Government Evacuation Scheme: Educational provision, 1939
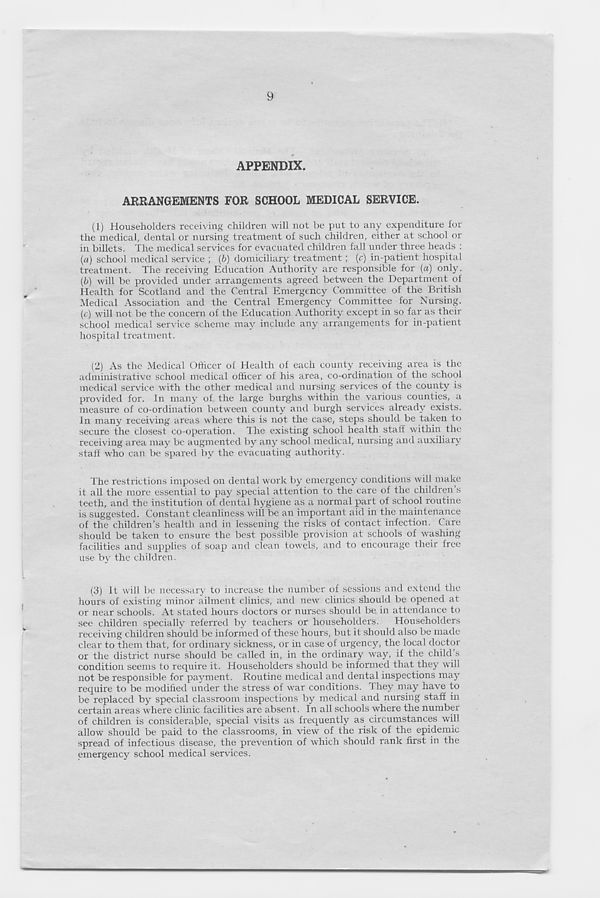
9
APPENDIX.
ARRANGEMENTS FOR SCHOOL MEDICAL SERVICE.
(1) Householders receiving children will not be put to any expenditure for
the medical, dental or nursing treatment of such children, either at school or
in billets. The medical services for evacuated children fall under three heads :
(a) school medical service ; (b) domiciliary treatment ; (c) in-patient hospital
treatment. The receiving Education Authority are responsible for (a) only.
(b) will be provided under arrangements agreed between the Department of
Health for Scotland and the Central Emergency Committee of the British
Medical Association and the Central Emergency Committee for Nursing.
(c) will not be the concern of the Education Authority except in so far as their
school medical service scheme may include any arrangements for in-patient
hospital treatment.
(2) As the Medical Officer of Health of each county receiving area is the
administrative school medical officer of his area, co-ordination of the school
medical service with the other medical and nursing services of the county is
provided for. In many of the large burghs within the various counties, a
measure of co-ordination between county and burgh services already exists.
In many receiving areas where this is not the case, steps should be taken to
secure the closest co-operation. The existing school health staff within the
receiving area may be augmented by any school medical, nursing and auxiliary
staff who can be spared by the evacuating authority.
The restrictions imposed on dental work by emergency conditions will make
it all the more essential to pay special attention to the care of the children s
teeth, and the institution of dental hygiene as a normal part of school routine
is suggested. Constant cleanliness will be an important aid in the maintenance
of the children’s health and in lessening the risks of contact infection. Care
should be taken to ensure the best possible provision at schools of washing
facilities and supplies of soap and clean towels, and to encourage their free
use by the children.
(3)
it will be necessary to increase the number of sessions and
hours of existing minor ailment clinics, and new clinics should be opened at
or near schools. At stated hours doctors or nurses should be. in attendance to
see children specially referred by teachers or householders.
Householders
receiving children should be informed of these hours, but it should also be made
clear to them that, for ordinary sickness, or in case of urgency, the local doctor
or the district nurse .should be called in, in the ordinary way, if the child s
condition seems to require it. Householders should be informed that they will
not be responsible for payment. Routine medical and dental inspections may
require to be modified under the stress of war conditions. They may have to
be replaced by special classroom inspections by medical and nursing staff in
certain areas where clinic facilities are absent. In all schools where the number
of children is considerable, special visits as frequently as circumstances will
allow should be paid to the classrooms, in view of the risk of the epidemic
spread of infectious disease, the prevention of which should rank first in the
emergency school medical services.